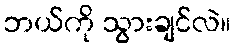
ဘယ်ကို သွားချင်လဲ။